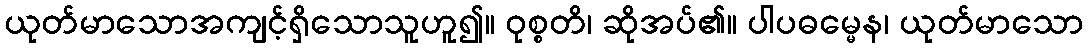
ယုတ်မာသောအကျင့်ရှိသောသူဟူ၍။ ဝုစ္စတိ၊ ဆိုအပ်၏။ ပါပဓမ္မေန၊ ယုတ်မာသော